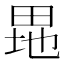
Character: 𤱲